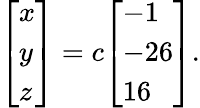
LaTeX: {\left[\begin{array}{l}{x}\\ {y}\\ {z}\end{array}\right]}=c{\left[\begin{array}{l}{-1}\\ {-26}\\ {16}\end{array}\right]}.